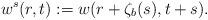
LaTeX: \begin{align*}w^s(r,t):=w(r+\zeta_b(s), t+s).\end{align*}